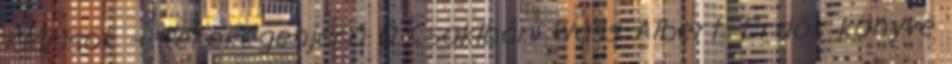
Klárisok – Kerekégenjáró 0 Csokibár: Wass Albert: Erdők könyve